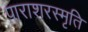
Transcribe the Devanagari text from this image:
पाराशरस्मृति